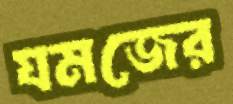
যমজের